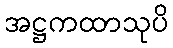
အဋ္ဌကထာသုပိ